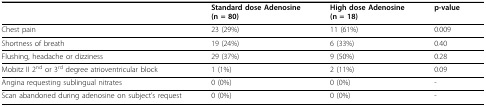
|  | Standard dose Adenosine(n = 80) | High dose Adenosine(n = 18) | p-value |
 | --- | --- | --- | --- |
 | Chest pain | 23 (29%) | 11 (61%) | 0.009 |
 | Shortness of breath | 19 (24%) | 6 (33%) | 0.40 |
 | Flushing, headache or dizziness | 29 (37%) | 9 (50%) | 0.28 |
 | Mobitz II 2nd or 3rd degree atrioventricular block | 1 (1%) | 2 (11%) | 0.09 |
 | Angina requesting sublingual nitrates | 0 (0%) | 0 (0%) | - |
 | Scan abandoned during adenosine on subject's request | 0 (0%) | 0 (0%) | - |